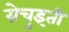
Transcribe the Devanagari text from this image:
ग्रेचुइती